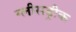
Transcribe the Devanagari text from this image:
ग्लीसड्रीक